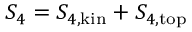
S _ { 4 } = S _ { 4 , \mathrm { k i n } } + S _ { 4 , \mathrm { t o p } }